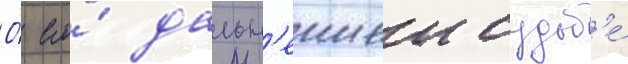
О́ его́ дальн'еишеи судьб'е́